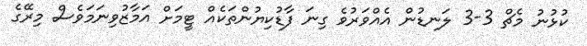
ކުޅުނު މެޗް 3-3 ލަނޑުން އެއްވަރުވެ ގިނަ ފާޑުކިޔުންތަކެއް ޓީމަށް އަމާޒުވިނަމަވެސް މިރޭގެ